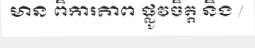
មាន ពិការភាព ផ្លូវចិត្ត និង /